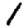
Digit: 1